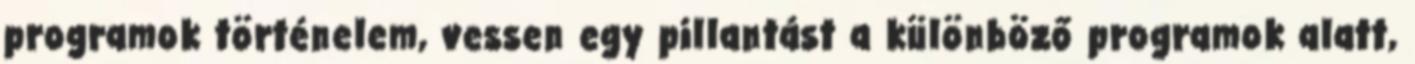
programok történelem, vessen egy pillantást a különböző programok alatt,